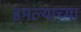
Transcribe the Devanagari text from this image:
इमल्याच्या